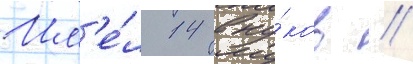
Им'е́л 14 вну́ков //